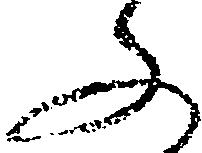
ふ